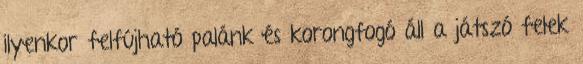
ilyenkor felfújható palánk és korongfogó áll a játszó felek